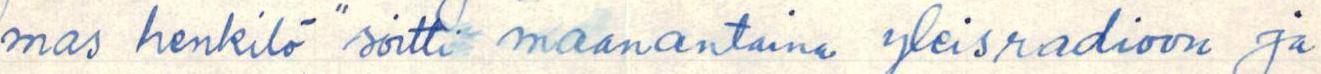
mas henkilö" soitti maanantaina yleisradioon ja